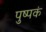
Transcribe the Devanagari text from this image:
पुष्‍पकं